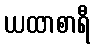
ယထာစာရီ